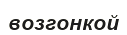
возгонкой